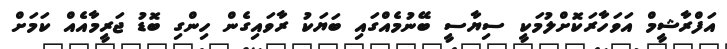
އަފްރާޝީމް އަވަހާރަކޮށްލުމަކީ ސިޔާސީ ބޭނުމެއްގައި ބަޔަކު ރާވައިގެން ހިންގި ބޮޑު ޖަރީމާއެއް ކަމަށް